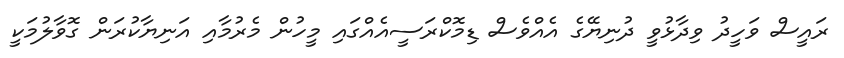
ރައީސް ވަހީދު ވިދާޅުވީ ދުނިޔޭގެ އެއްވެސް ޑިމޮކްރަސީއެއްގައި މީހުން މެރުމާއި އަނިޔާކުރަން ގޮވާލުމަކީ